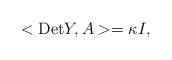
\begin{align*}<\mbox{Det} Y, A > = \kappa I,\end{align*}